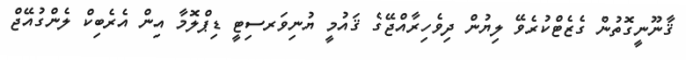
ޤާނޫނީގޮތުން ގެޒެޓްކުރެވޭ ލިޔުން ދިވެހިރާއްޖޭގެ ޤައުމީ ޔުނިވަރސިޓީ ޑިޕްލޮމާ އިން އެރެބިކް ލެންގުއޭޖް